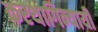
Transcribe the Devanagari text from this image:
करथागिन्यायी